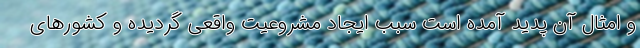
و امثال آن پدید آمده است سبب ایجاد مشروعیت واقعی گردیده و کشورهای